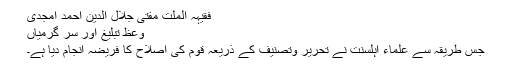
فقیہہ الملت مفتی جلال الدین احمد امجدی
وعظ تبلیغ اور سر گرمیاں
جس طریقہ سے علماء اہلسنت نے تحریر وتصنیف کے ذریعہ قوم کی اصلاح کا فریضہ انجام دیا ہے۔